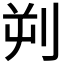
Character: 𪟄